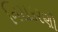
નિરાકરણો